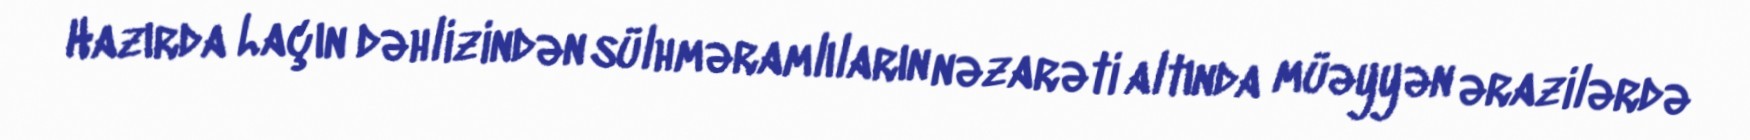
Hazırda Laçın dəhlizindən sülhməramlıların nəzarəti altında müəyyən ərazilərdə